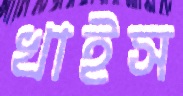
খাইস